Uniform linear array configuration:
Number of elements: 64
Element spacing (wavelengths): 0.5
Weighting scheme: cosine
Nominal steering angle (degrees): -45
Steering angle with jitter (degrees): -43.335
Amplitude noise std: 0.05
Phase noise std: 0.05

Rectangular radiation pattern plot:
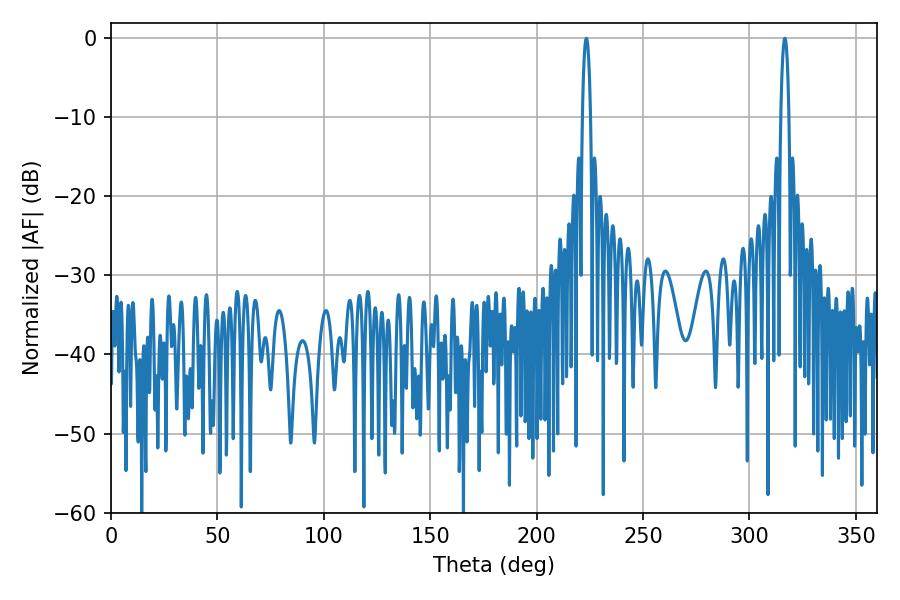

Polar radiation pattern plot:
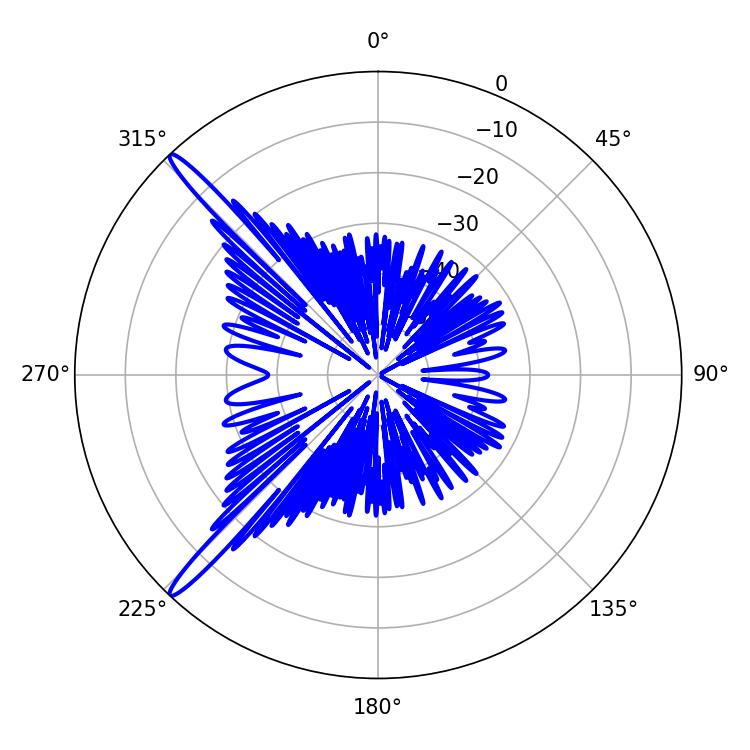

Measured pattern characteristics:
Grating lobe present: FALSE
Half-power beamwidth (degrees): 2.16
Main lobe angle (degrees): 316.62